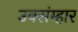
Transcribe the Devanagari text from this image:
उवसंम्हार